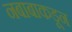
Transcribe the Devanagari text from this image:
नबाबाकडून